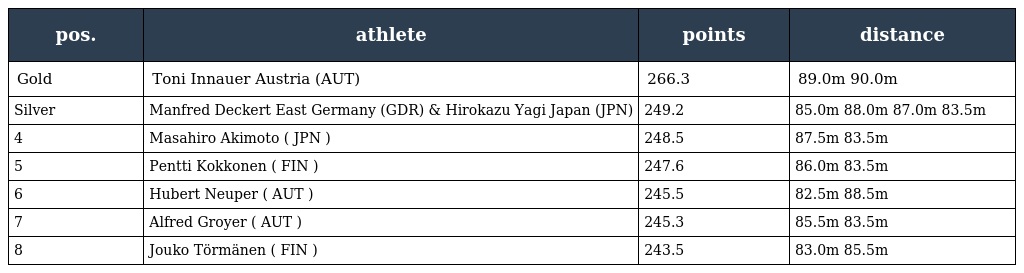
| pos. | athlete | points | distance |
 | --- | --- | --- | --- |
 | Gold | Toni Innauer Austria (AUT) | 266.3 | 89.0m 90.0m |
 | Silver | Manfred Deckert East Germany (GDR) & Hirokazu Yagi Japan (JPN) | 249.2 | 85.0m 88.0m 87.0m 83.5m |
 | 4 | Masahiro Akimoto ( JPN ) | 248.5 | 87.5m 83.5m |
 | 5 | Pentti Kokkonen ( FIN ) | 247.6 | 86.0m 83.5m |
 | 6 | Hubert Neuper ( AUT ) | 245.5 | 82.5m 88.5m |
 | 7 | Alfred Groyer ( AUT ) | 245.3 | 85.5m 83.5m |
 | 8 | Jouko Törmänen ( FIN ) | 243.5 | 83.0m 85.5m |